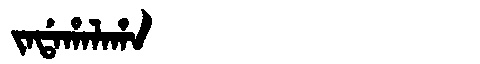
Manchu: ᠵᠠᡩᠠᡥᠠᠯᠠᡥᠠ
Romanization: JADAHALAHA